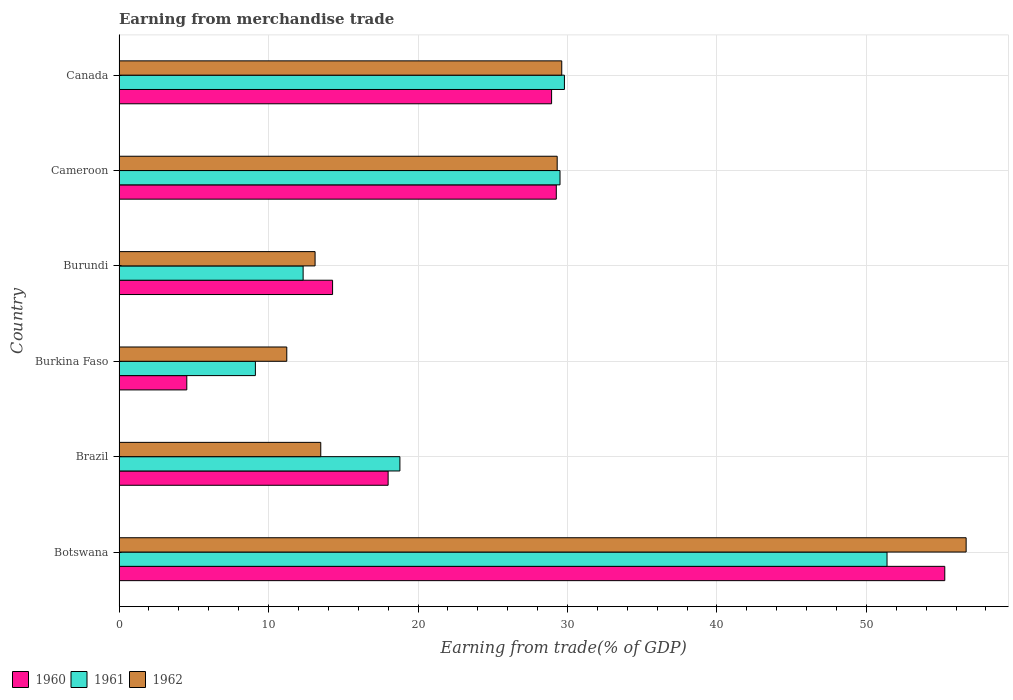
| Country | 1960 | 1961 | 1962 |
 | --- | --- | --- | --- |
 | Botswana | 55.2 | 51.4 | 56.7 |
 | Brazil | 18 | 18.8 | 13.5 |
 | Burkina Faso | 4.53 | 9.12 | 11.2 |
 | Burundi | 14.3 | 12.3 | 13.1 |
 | Cameroon | 29.3 | 29.5 | 29.3 |
 | Canada | 28.9 | 29.8 | 29.6 |